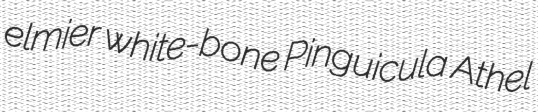
elmier white-bone Pinguicula Athel